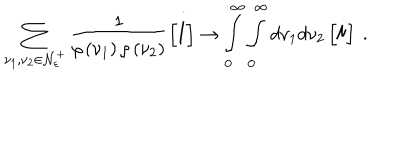
\sum _ { \nu _ { 1 } , \nu _ { 2 } \in { \cal N } _ { \varepsilon } ^ { + } } \frac { 1 } { \rho \left( \nu _ { 1 } \right) \rho \left( \nu _ { 2 } \right) } \left[ { \Large i } \right] \rightarrow \int _ { 0 } ^ { \infty } \int _ { 0 } ^ { \infty } d \nu _ { 1 } d \nu _ { 2 } \left[ { \Large i } \right] \ .